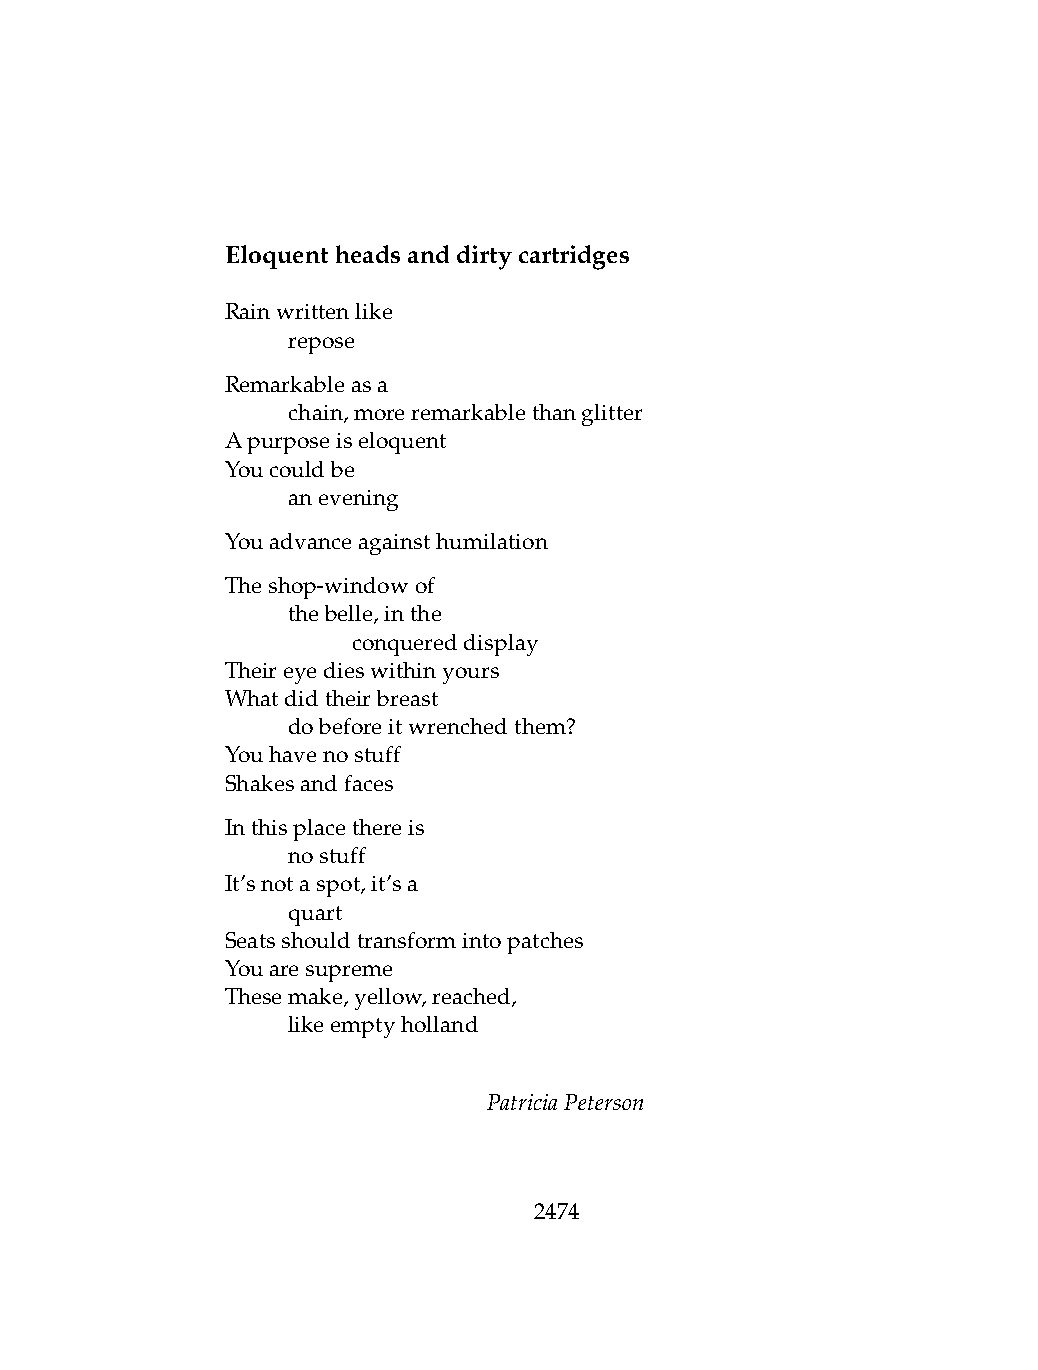
Eloquentheadsanddirtycartridges
 Rainwrittenlike
 .   repose
 Remarkableasa
 .   chain,moreremarkablethanglitter
 Apurposeiseloquent
 Youcouldbe
 .   anevening
 Youadvanceagainsthumilation
 Theshop-windowof
 .   thebelle,inthe
 .   .   conquereddisplay
 Theireyedieswithinyours
 Whatdidtheirbreast
 .   dobeforeitwrenchedthem?
 Youhavenostuff
 Shakesandfaces
 Inthisplacethereis
 .   nostuff
 It’snotaspot,it’sa
 .   quart
 Seatsshouldtransformintopatches
 Youaresupreme
 Thesemake,yellow,reached,
 .   likeemptyholland
 PatriciaPeterson
 2474